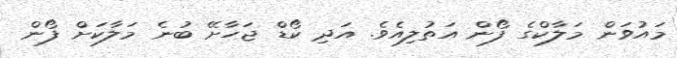
މައުވަން މަލާކްގެ ފޯން އަތުލިއެވެ. އަދި ކޯޑް ޖަހާށޭ ބުނެ މަލާކަށް ފޯން